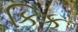
કિક